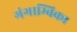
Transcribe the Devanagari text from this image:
गंगाम्बिका